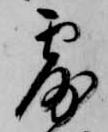
露